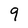
Character: 9